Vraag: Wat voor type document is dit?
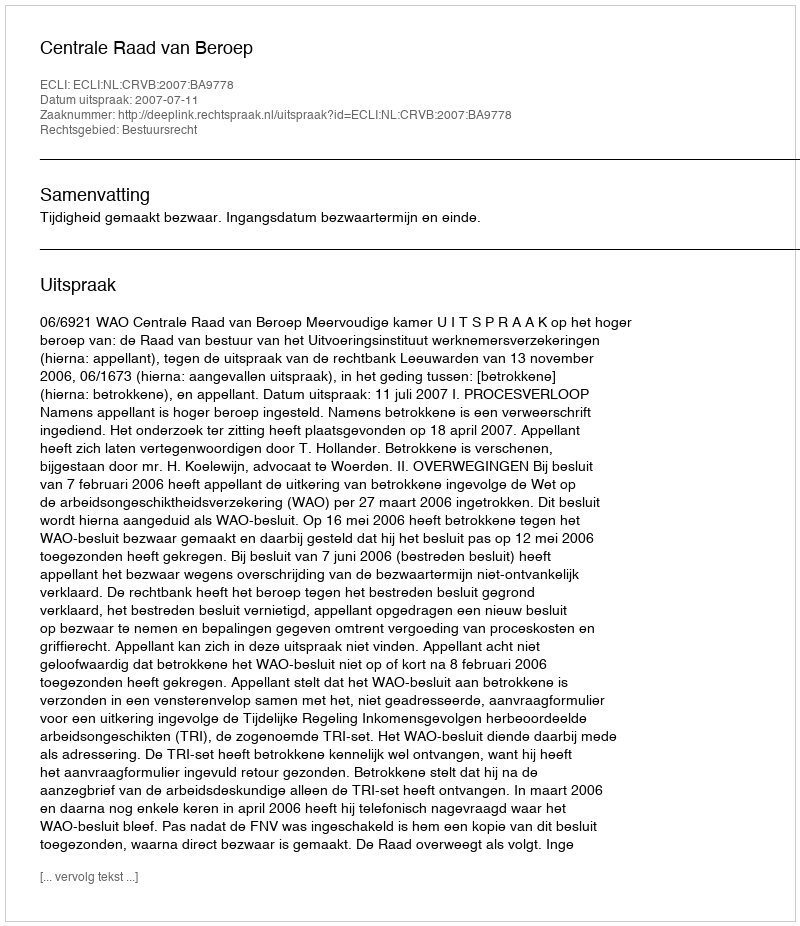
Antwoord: Uitspraak